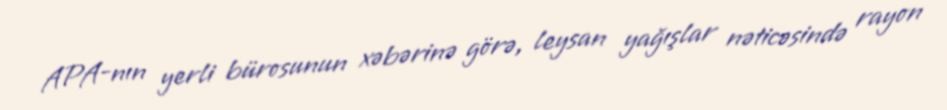
APA-nın yerli bürosunun xəbərinə görə, leysan yağışlar nəticəsində rayon